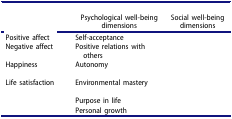
<table><thead><tr><td>[EMPTY_CELL]</td><td><b>Psychological well-beingdimensions</b></td><td><b>Social well-beingdimensions</b></td></tr></thead><tbody><tr><td>Positive affect</td><td>Self-acceptance</td><td>[EMPTY_CELL]</td></tr><tr><td>Negative affect</td><td>Positive relations with others</td><td>[EMPTY_CELL]</td></tr><tr><td>Happiness</td><td>Autonomy</td><td>[EMPTY_CELL]</td></tr><tr><td>Life satisfaction</td><td>Environmental mastery</td><td>[EMPTY_CELL]</td></tr><tr><td>[EMPTY_CELL]</td><td>Purpose in life</td><td>[EMPTY_CELL]</td></tr><tr><td>[EMPTY_CELL]</td><td>Personal growth</td><td>[EMPTY_CELL]</td></tr></tbody></table>